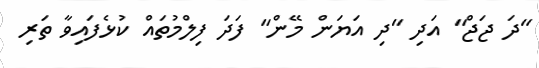
"ދަ ޖަޖް" އަދި "ދި އަޔަން މޭން" ފަދަ ފިލްމުތައް ކުޅެފައިވާ ތަރި